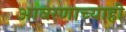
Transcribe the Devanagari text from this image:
आवरणाच्याही